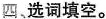
四。选词填空。